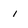
Character: i